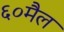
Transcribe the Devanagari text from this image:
६०मैल